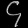
Digit: ၄